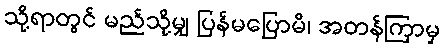
သို့ရာတွင် မည်သို့မျှ ပြန်မပြောမိ၊ အတန်ကြာမှ